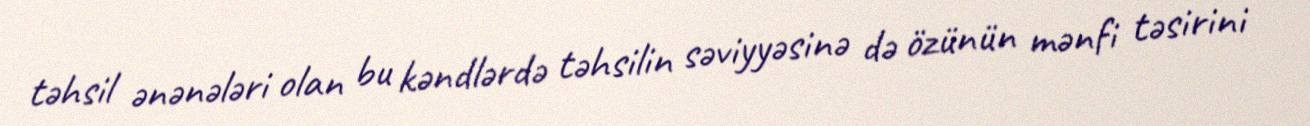
təhsil ənənələri olan bu kəndlərdə təhsilin səviyyəsinə də özünün mənfi təsirini